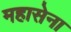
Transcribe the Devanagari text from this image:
महासेना